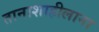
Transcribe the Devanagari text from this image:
तानाशाहीलाना